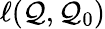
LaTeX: \ell(\mathcal{Q},\mathcal{Q}_{0})